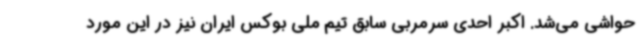
حواشی می‌شد. اکبر احدی سرمربی سابق تیم ملی بوکس ایران نیز در این مورد